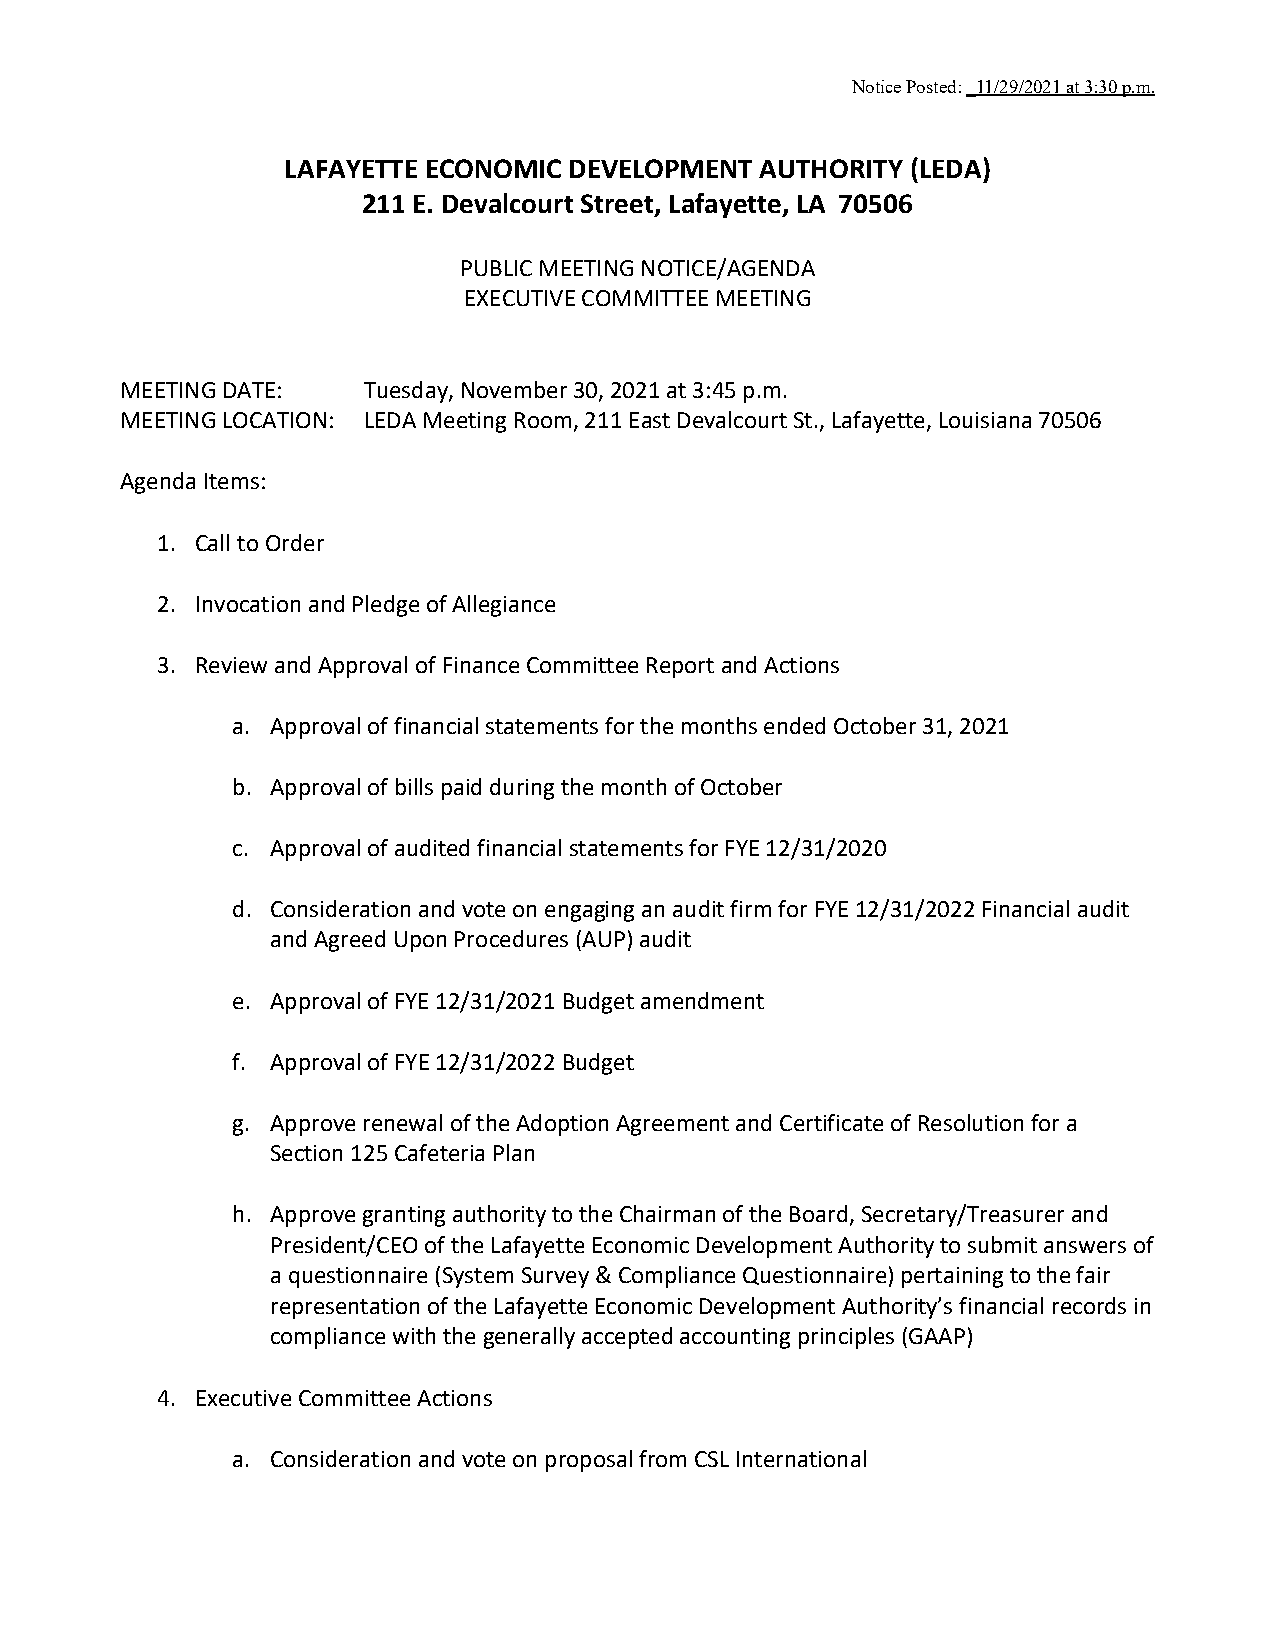
Notice Posted: _11/29/2021 at 3:30 p.m.
 LAFAYETTE ECONOMIC DEVELOPMENT AUTHORITY (LEDA)
 211 E. Devalcourt Street, Lafayette, LA 70506
 PUBLIC MEETING NOTICE/AGENDA
 EXECUTIVE COMMITTEE MEETING
 MEETING DATE:   Tuesday, November 30, 2021 at 3:45 p.m.
 MEETING LOCATION: LEDA Meeting Room, 211 East Devalcourt St., Lafayette, Louisiana 70506
 Agenda Items:
 1. Call to Order
 2. Invocation and Pledge of Allegiance
 3. Review and Approval of Finance Committee Report and Actions
 a. Approval of financial statements for the months ended October 31, 2021
 b. Approval of bills paid during the month of October
 c. Approval of audited financial statements for FYE 12/31/2020
 d. Consideration and vote on engaging an audit firm for FYE 12/31/2022 Financial audit
 and Agreed Upon Procedures (AUP) audit
 e. Approval of FYE 12/31/2021 Budget amendment
 f. Approval of FYE 12/31/2022 Budget
 g. Approve renewal of the Adoption Agreement and Certificate of Resolution for a
 Section 125 Cafeteria Plan
 h. Approve granting authority to the Chairman of the Board, Secretary/Treasurer and
 President/CEO of the Lafayette Economic Development Authority to submit answers of
 a questionnaire (System Survey & Compliance Questionnaire) pertaining to the fair
 representation of the Lafayette Economic Development Authority’s financial records in
 compliance with the generally accepted accounting principles (GAAP)
 4. Executive Committee Actions
 a. Consideration and vote on proposal from CSL International